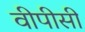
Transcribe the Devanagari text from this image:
वीपीसी